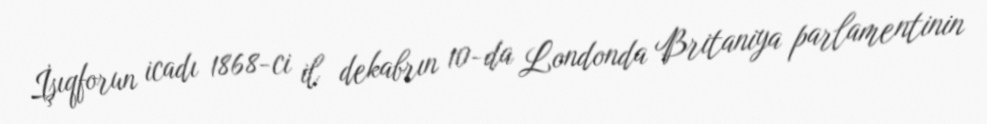
İşıqforun icadı 1868-ci il dekabrın 10-da Londonda Britaniya parlamentinin